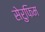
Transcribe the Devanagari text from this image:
सेरुफिम